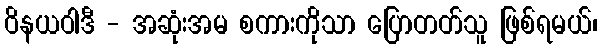
ဝိနယဝါဒီ - အဆုံးအမ စကားကိုသာ ပြောတတ်သူ ဖြစ်ရမယ်၊